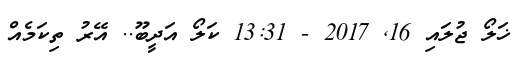
ޚަލޯ ޖުލައި 16